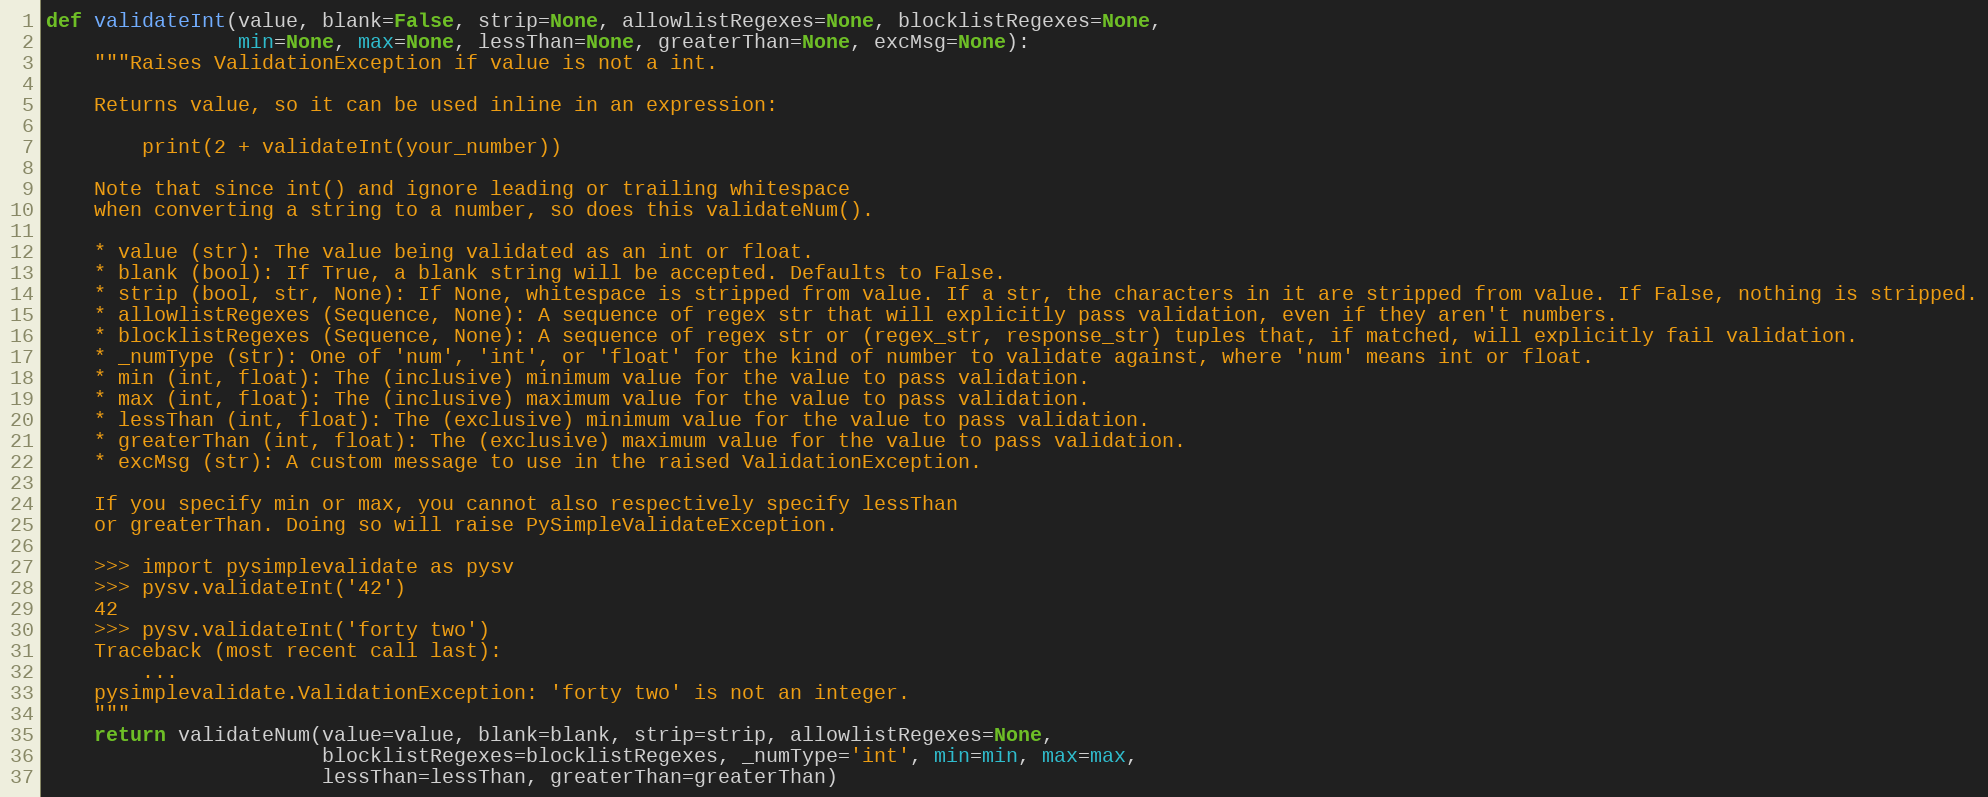
Language: Python
def validateInt(value, blank=False, strip=None, allowlistRegexes=None, blocklistRegexes=None,
                min=None, max=None, lessThan=None, greaterThan=None, excMsg=None):
    """Raises ValidationException if value is not a int.

    Returns value, so it can be used inline in an expression:

        print(2 + validateInt(your_number))

    Note that since int() and ignore leading or trailing whitespace
    when converting a string to a number, so does this validateNum().

    * value (str): The value being validated as an int or float.
    * blank (bool): If True, a blank string will be accepted. Defaults to False.
    * strip (bool, str, None): If None, whitespace is stripped from value. If a str, the characters in it are stripped from value. If False, nothing is stripped.
    * allowlistRegexes (Sequence, None): A sequence of regex str that will explicitly pass validation, even if they aren't numbers.
    * blocklistRegexes (Sequence, None): A sequence of regex str or (regex_str, response_str) tuples that, if matched, will explicitly fail validation.
    * _numType (str): One of 'num', 'int', or 'float' for the kind of number to validate against, where 'num' means int or float.
    * min (int, float): The (inclusive) minimum value for the value to pass validation.
    * max (int, float): The (inclusive) maximum value for the value to pass validation.
    * lessThan (int, float): The (exclusive) minimum value for the value to pass validation.
    * greaterThan (int, float): The (exclusive) maximum value for the value to pass validation.
    * excMsg (str): A custom message to use in the raised ValidationException.

    If you specify min or max, you cannot also respectively specify lessThan
    or greaterThan. Doing so will raise PySimpleValidateException.

    >>> import pysimplevalidate as pysv
    >>> pysv.validateInt('42')
    42
    >>> pysv.validateInt('forty two')
    Traceback (most recent call last):
        ...
    pysimplevalidate.ValidationException: 'forty two' is not an integer.
    """
    return validateNum(value=value, blank=blank, strip=strip, allowlistRegexes=None,
                       blocklistRegexes=blocklistRegexes, _numType='int', min=min, max=max,
                       lessThan=lessThan, greaterThan=greaterThan)